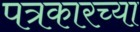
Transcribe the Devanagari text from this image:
पत्रकारच्या